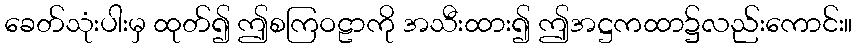
ခေတ်သုံးပါးမှ ထုတ်၍ ဤစကြဝဠာကို အသီးထား၍ ဤအဋ္ဌကထာ၌လည်းကောင်း။